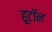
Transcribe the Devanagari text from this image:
हूटॉन